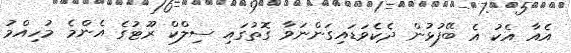
އެއާ އެކު އެ ބޭފުޅުން ދެކެވަޑައިގަންނަވާ ގޮތުގައި ސިލްކް ރޫޓުގެ އެންމެ މުހިއްމު